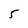
Character: 5